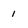
Character: 1